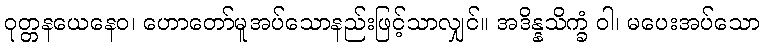
ဝုတ္တနယေနေဝ၊ ဟောတော်မူအပ်သောနည်းဖြင့်သာလျှင်။ အဒိန္နသိက္ခံ ဝါ၊ မပေးအပ်သော